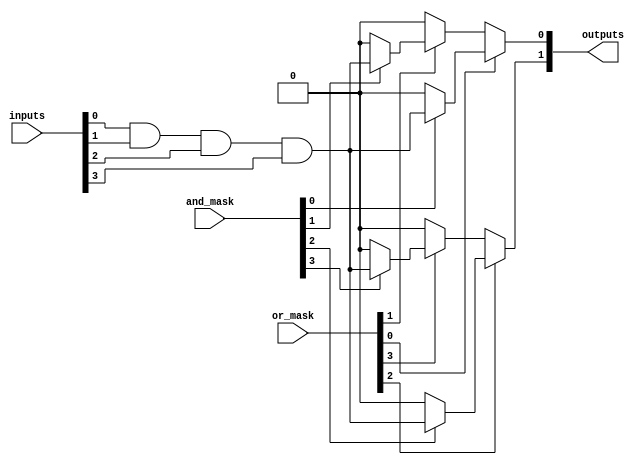
module programmable_logic_array (
    input wire [3:0] inputs,        // 4 input lines
    input wire [3:0] and_mask,      // Mask for AND gate programmability
    input wire [3:0] or_mask,       // Mask for OR gate programmability
    output wire [1:0] outputs        // 2 output lines
);

// Internal wires for product terms
wire [3:0] product_terms;

// AND Plane
generate
    genvar i;
    for (i = 0; i < 4; i = i + 1) begin : and_gate
        assign product_terms[i] = (and_mask[i]) ? (inputs[0] & inputs[1] & inputs[2] & inputs[3]) : 1'b0;
    end
endgenerate

// OR Plane
assign outputs[0] = (or_mask[0]) ? product_terms[0] : 1'b0 |
                    (or_mask[1]) ? product_terms[1] : 1'b0;

assign outputs[1] = (or_mask[2]) ? product_terms[2] : 1'b0 |
                    (or_mask[3]) ? product_terms[3] : 1'b0;

endmodule